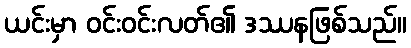
ယင်းမှာ ဝင်းဝင်းလတ်၏ ဒဿနဖြစ်သည်။